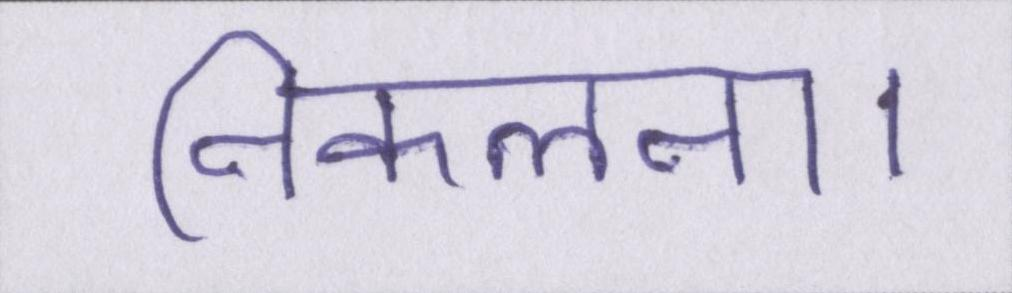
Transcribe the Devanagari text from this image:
निकलना।